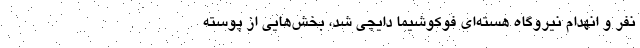
نفر و انهدام نیروگاه هسته‌ای فوکوشیما دایچی شد، بخش‌هایی از پوسته